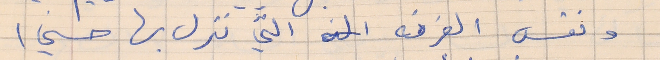
ونفس الغرفه التي نزل بها حسني)